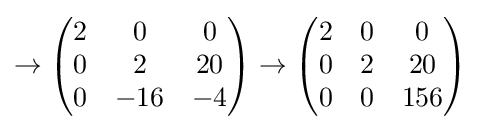
\to {\begin{pmatrix}2&0&0\\0&2&20\\0&-16&-4\end{pmatrix}}\to {\begin{pmatrix}2&0&0\\0&2&20\\0&0&156\end{pmatrix}}